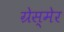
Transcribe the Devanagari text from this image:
ग्रेस्मेर